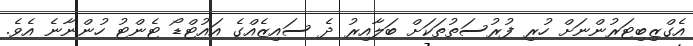
އެގްޒިބިޓަރުންނަށް ހުރި ފުރުސަތުތަކަށް ބަލާއިރު ދެ ސައިޒެއްގެ އައުޓްޑޯ ޓެންޓު ހުންނާނެ އެވެ.